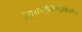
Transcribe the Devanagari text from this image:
टेट्राहाइड्रोकैनाबिनॉल